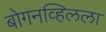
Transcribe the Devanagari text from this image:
बोगनव्हिलला